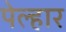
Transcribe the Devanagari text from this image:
पेल्हार